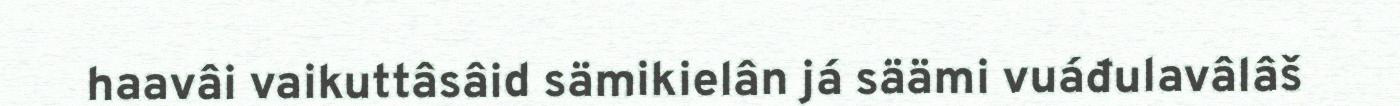
haavâi vaikuttâsâid sämikielân já säämi vuáđulavâlâš